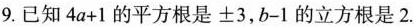
9.已知$$4 a + 1$$的平方根是±3，$$b - 1$$的立方根是2.